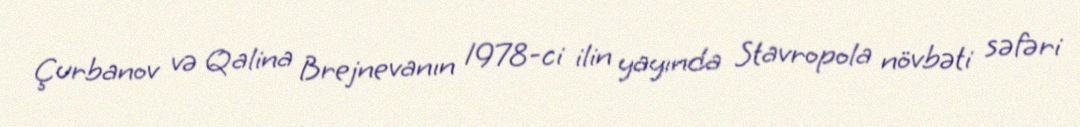
Çurbanov və Qalina Brejnevanın 1978-ci ilin yayında Stavropola növbəti səfəri